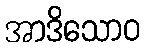
အာဒိသောဝ